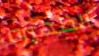
الظهيره